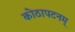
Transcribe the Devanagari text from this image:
कोठापटनम्